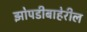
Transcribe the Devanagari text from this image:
झोपडीबाहेरील